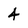
Character: 4